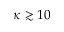
\kappa \gtrsim 1 0